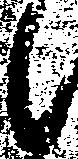
候